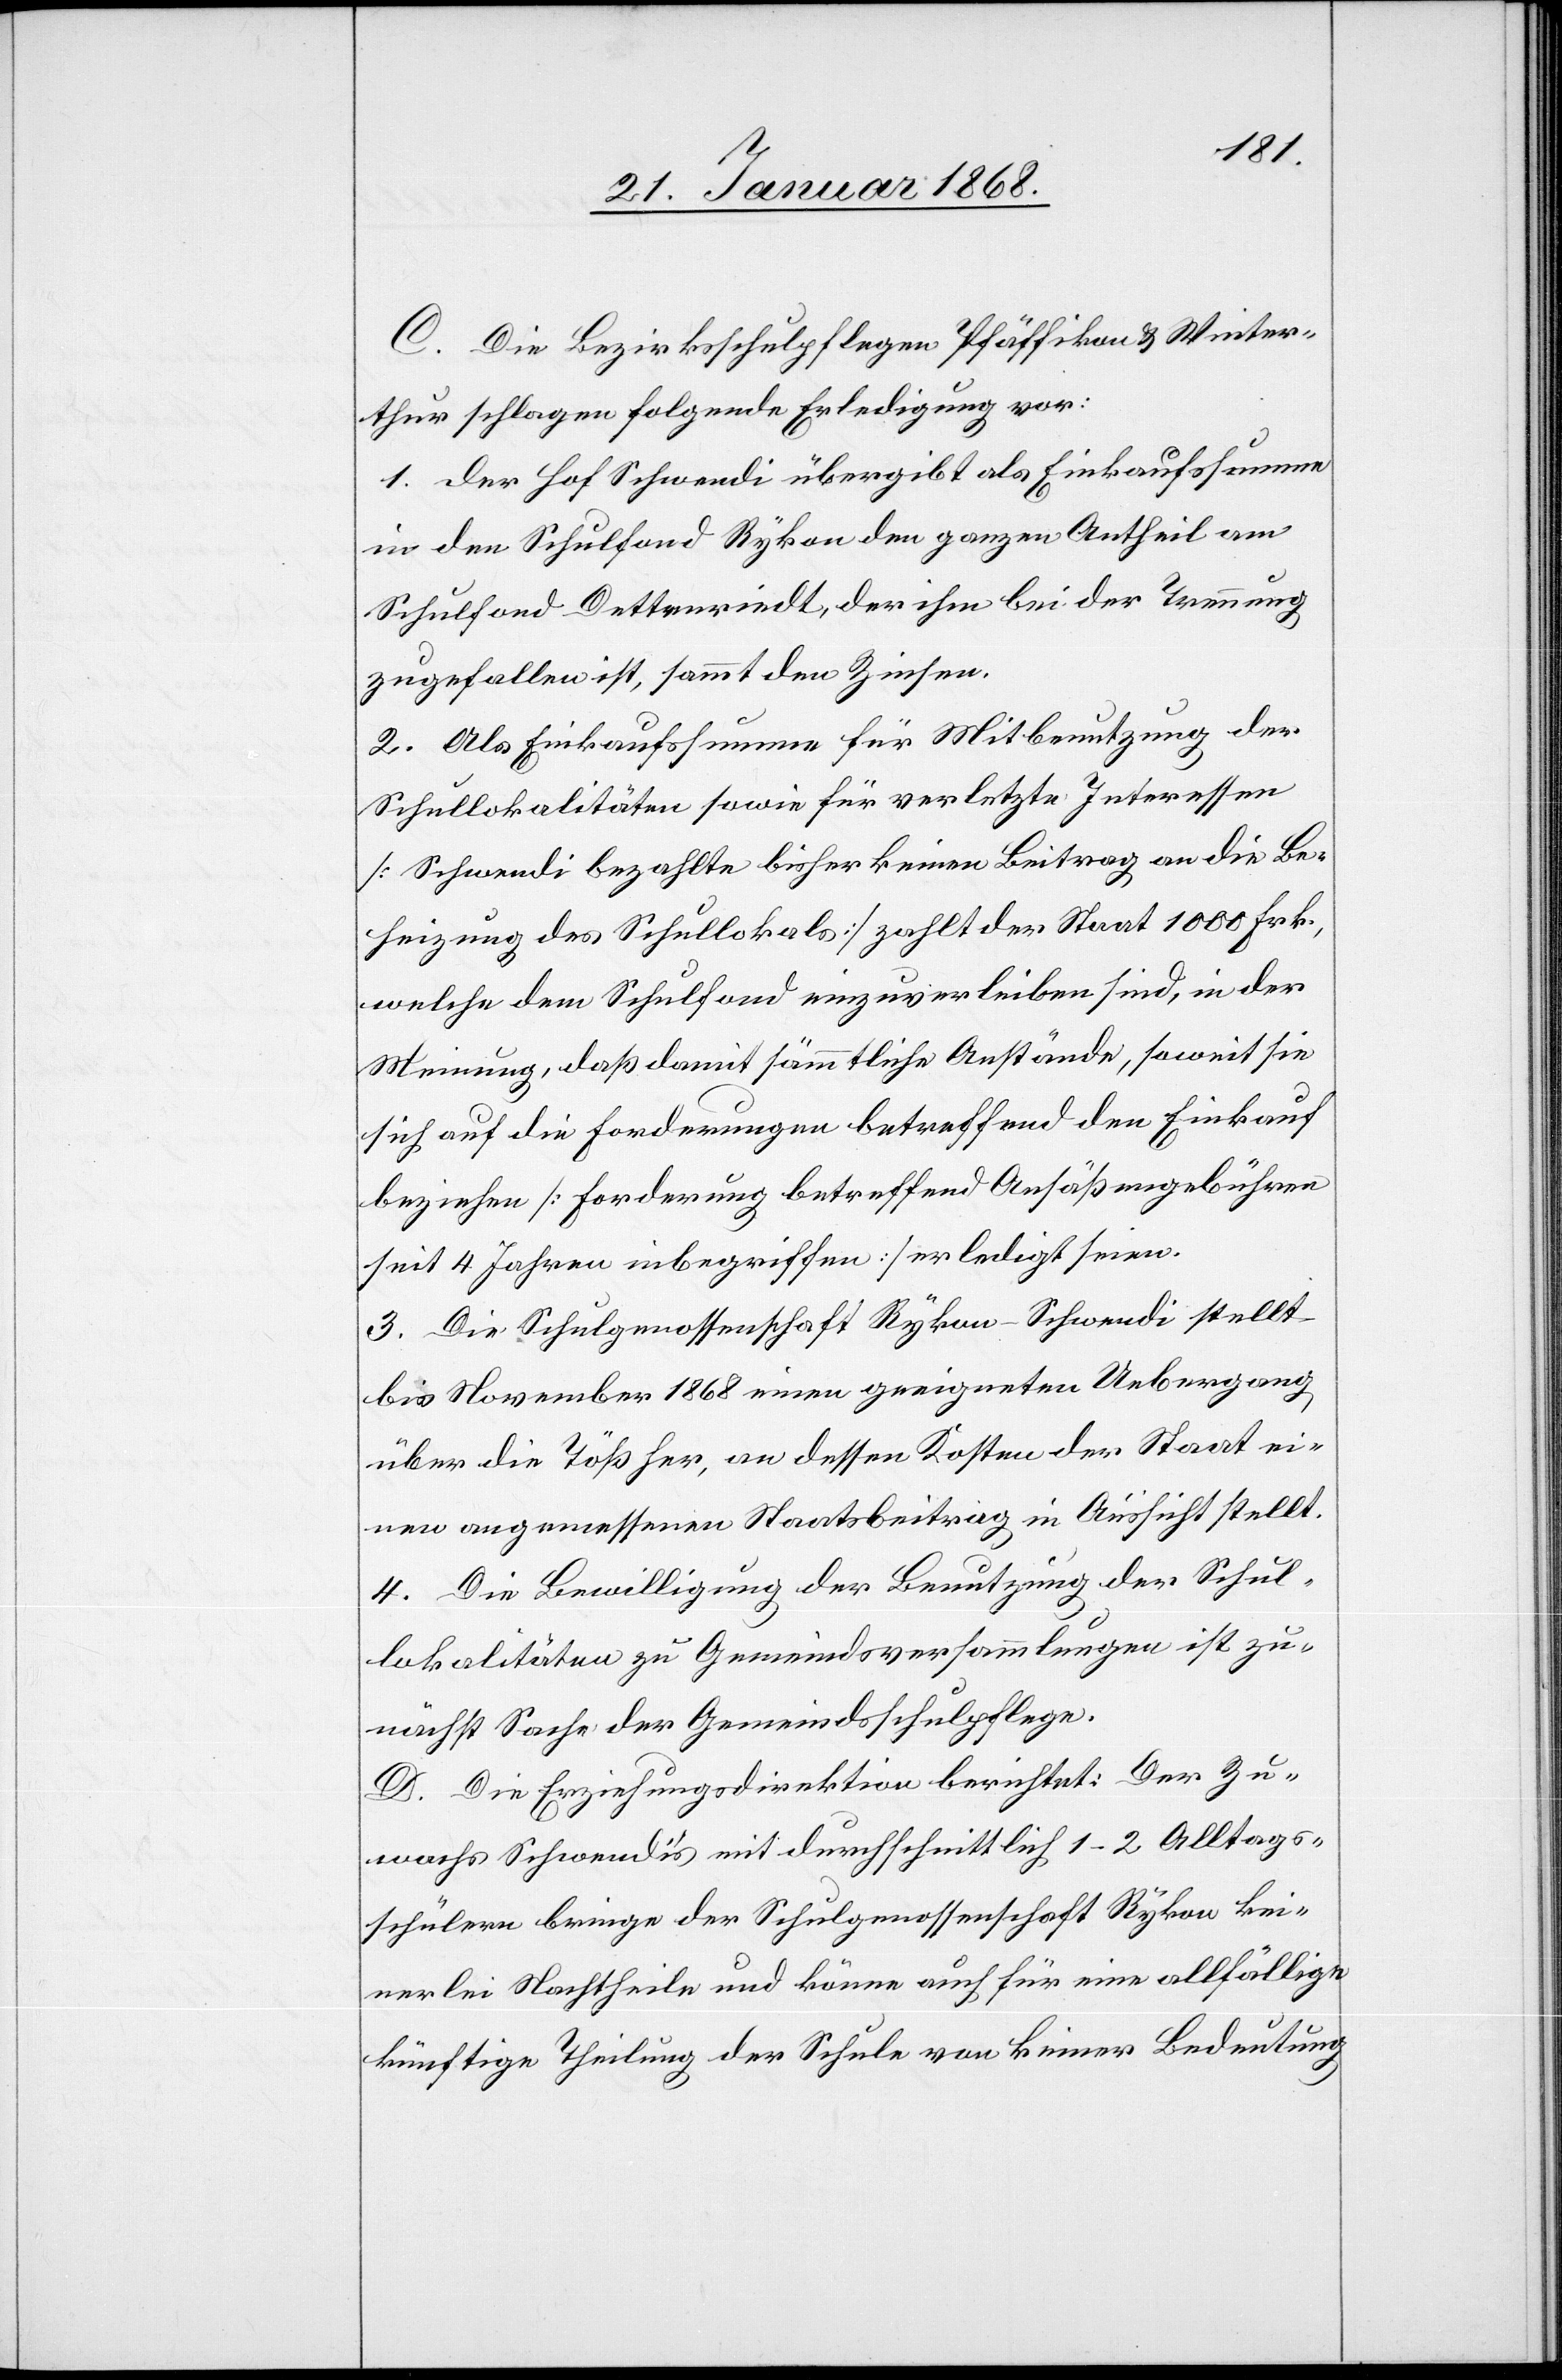
C. Die Bezirksschulpflegen Pfäffikon & Winter¬
thur schlagen folgende Erledigung vor:
1. Der Hof Schwendi übergibt als Einkaufssumme
in den Schulfond Rykon den ganzen Antheil am
Schulfond Dettenriedt, der ihm bei der Trennung
zugefallen ist, sammt den Zinsen.
2. Als Einkaufssumme für Mitbenutzung der
Schullokalitäten sowie für verletzte Interessen
[Schwendi bezahlte bisher keinen Beitrag an die Be¬
heizung des Schullokals] zahlt der Staat 1000 Frk,
welche dem Schulfond einzuverleiben sind, in der
Meinung, daß damit sämmtliche Anstände, soweit sie
sich auf die Forderungen betreffend den Einkauf
beziehen [Forderung betreffend Ansäßengebühren
seit 4 Jahren inbegriffen] erledigt seien.
3. Die Schulgenossenschaft Rykon-Schwendi stellt
bis November 1868 einen geeigneten Uebergang
über die Töß her, an dessen Kosten der Staat ei¬
nen angemessenen Staatsbeitrag in Aussicht stellt.
4. Die Bewilligung der Benutzung der Schul¬
lokalitäten zu Gemeindsversammlungen ist zu¬
nächst Sache der Gemeindsschulpflege.
D. Die Erziehungsdirektion berichtet: Der Zu¬
wachs Schwendi’s mit durchschnittlich 1–2 Alltags¬
schülern bringe der Schulgenossenschaft Rykon kei¬
nerlei Nachtheile und könne auch für eine allfällige
künftige Theilung der Schule von keiner Bedeutung